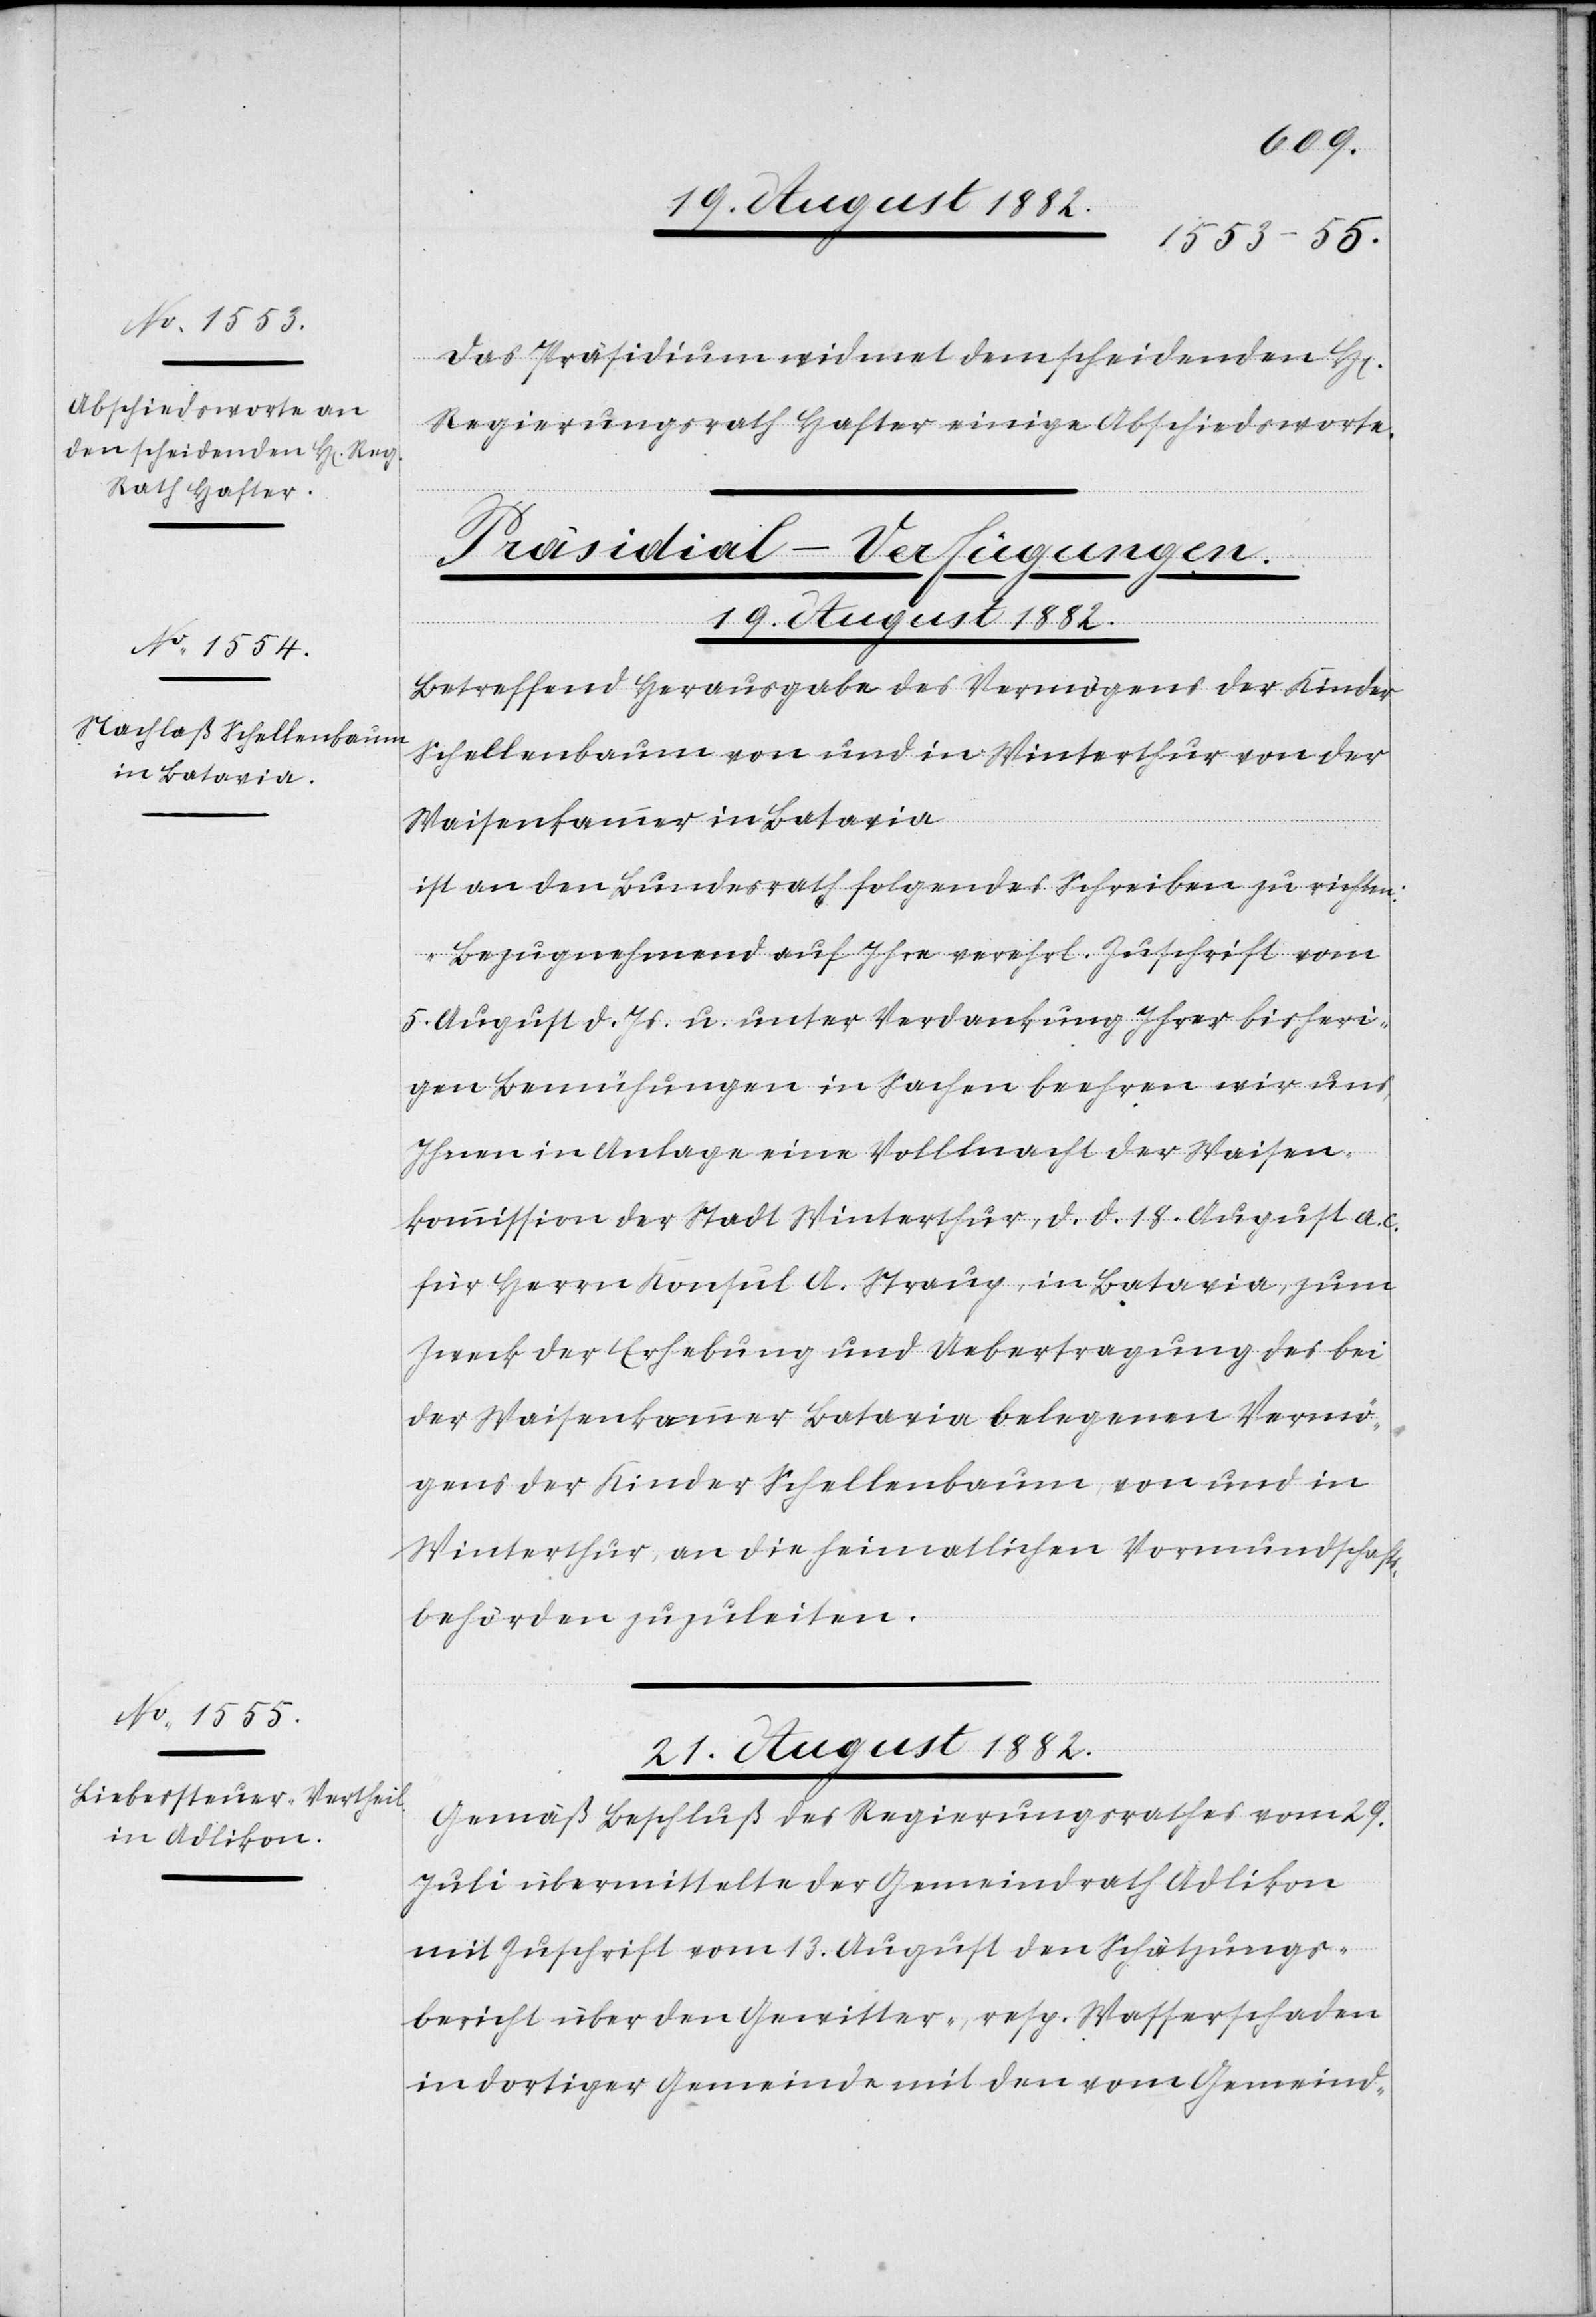
21. August 1882.
Das Präsidium widmet dem scheidenden H[err¬
Regierungsrath Hafter einige Abschiedsworte.
[Präsidial-Verfügungen.]
Betreffend Herausgabe des Vermögens der Kinder
Schellenbaum von und in Winterthur von der
Waisenkammer in Batavia
ist an den Bundesrath folgendes Schreiben zu richten:
„Bezugnehmend auf Ihre verehrl. Zuschrift vom
5. August d. Js. unter Verdankung Ihrer bisheri¬
gen Bemühungen in Sachen beehren wir uns,
Ihnen in Anlage eine Vollmacht der Waisen¬
kommission der Stadt Winterthur, d. d. 18. August a.
für Herren Konsul A. Straup, in Batavia, zum
Zweck der Erhebung und Uebertragung des bei
der Waisenkammer Batavia belegenen Vermö¬
gens der Kinder Schellenbaum, von und in
Winterthur, an die heimatlichen Vormundschafts¬
behörden zuzuleiten.“
en]
Gemäß Beschluß des Regierungsrathes vom 29.
Juli übermittelt der Gemeindrath Adlikon
mit Zuschrift vom 13. August den Schätzungs¬
bericht über den Gewitter-, resp. Wasserschaden
in dortiger Gemeinde mit den vom Gemeind-